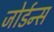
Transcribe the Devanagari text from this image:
जोर्डन्स